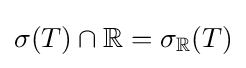
\sigma (T)\cap \mathbb {R} =\sigma _{\mathbb {R} }(T)